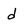
Character: d